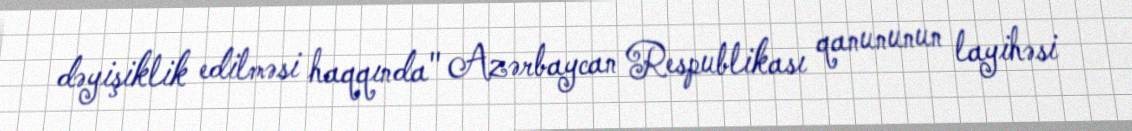
dəyişiklik edilməsi haqqında" Azərbaycan Respublikası qanununun layihəsi